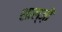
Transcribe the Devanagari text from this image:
शाल्ज़ी